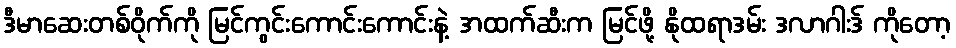
ဒီမာဆေးတစ်ဝိုက်ကို မြင်ကွင်းကောင်းကောင်းနဲ့ အထက်ဆီးက မြင်ဖို့ နိုထရာဒမ်း ဒလာဂါးဒ် ကိုတော့